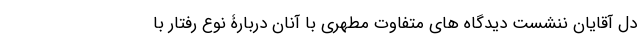
دل آقایان ننشست دیدگاه های متفاوت مطهری با آنان دربارۀ نوع رفتار با